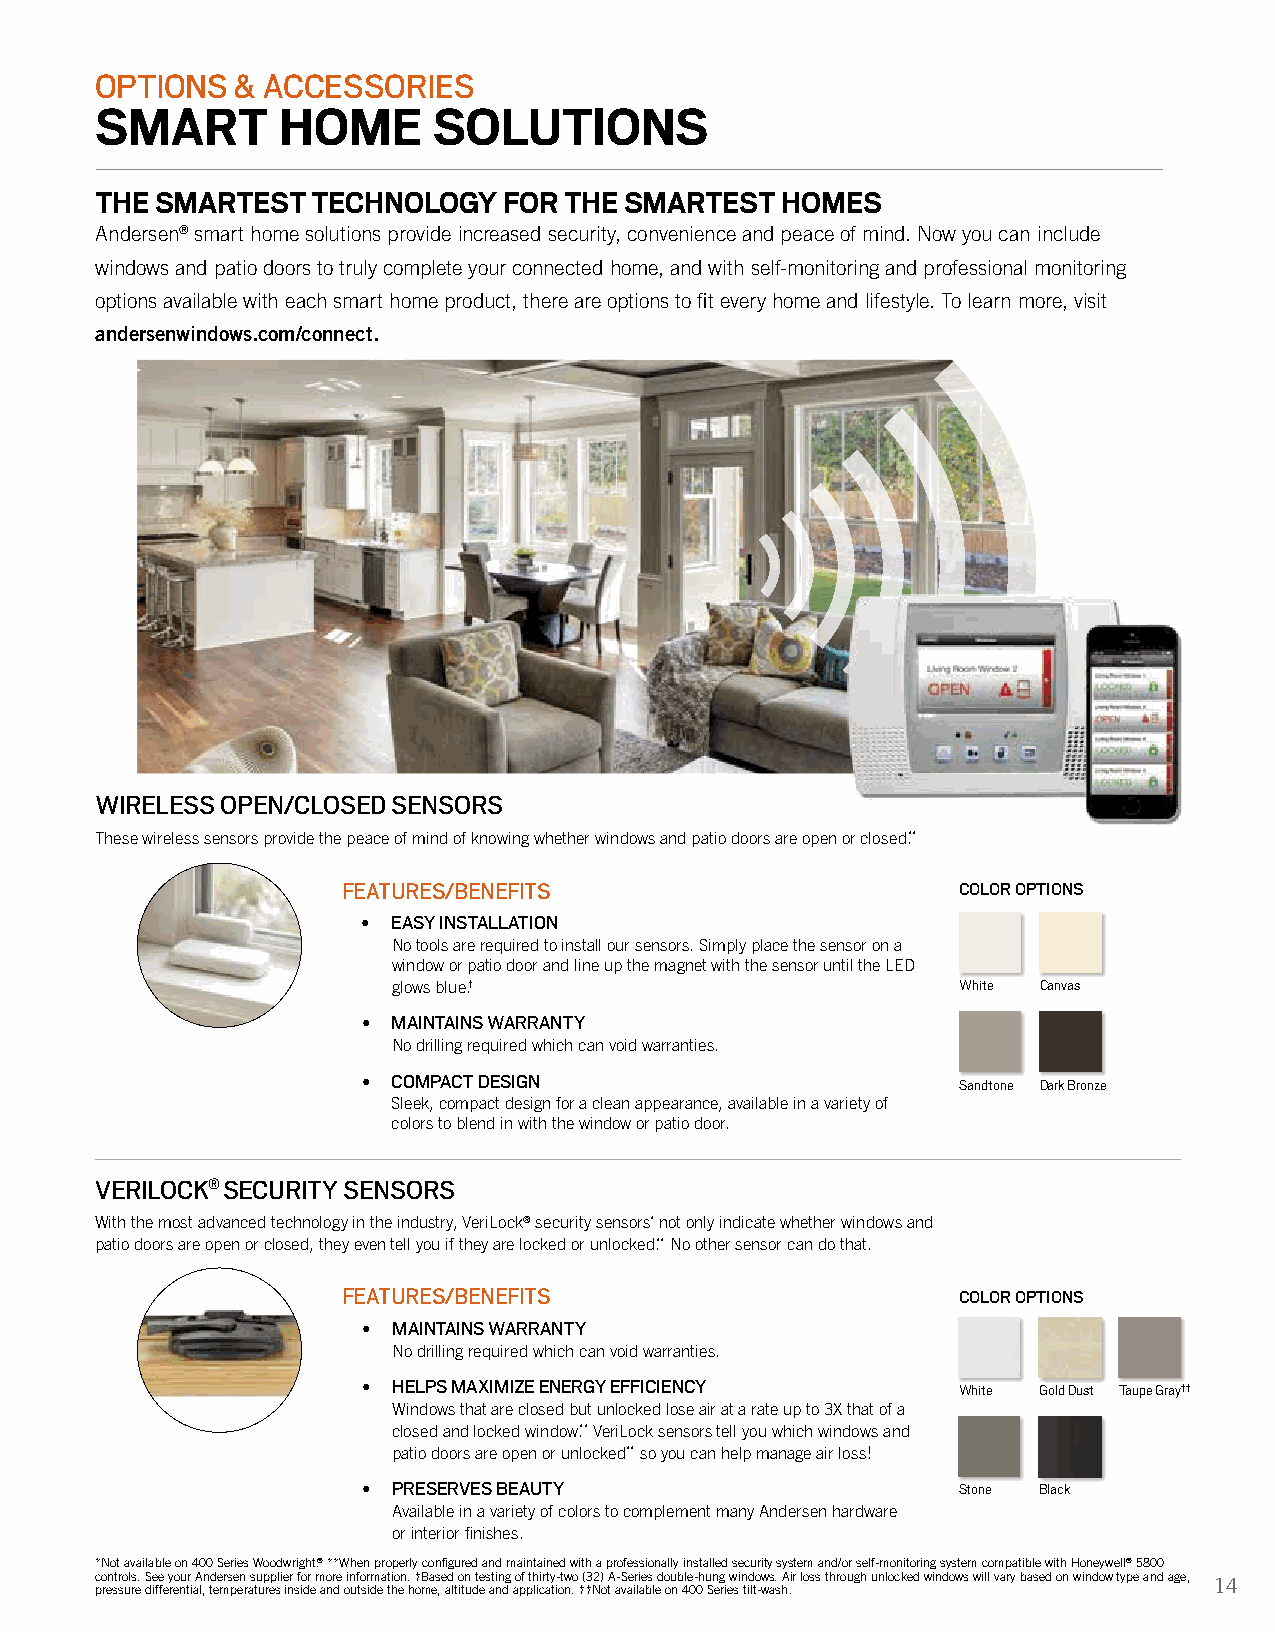
OPTIONS   & ACCESSORIES
 SMART       HOME       SOLUTIONS
 THE SMARTEST   TECHNOLOGY  FOR THE SMARTEST   HOMES
 Andersen® smart home solutions provide increased security, convenience and peace of mind. Now you can include
 windows and patio doors to truly complete your connected home, and with self-monitoring and professional monitoring
 options available with each smart home product, there are options to fit every home and lifestyle. To learn more, visit
 andersenwindows.com/connect.
 WIRELESS OPEN/CLOSED SENSORS
 These wireless sensors provide the peace of mind of knowing whether windows and patio doors are open or closed.**
 FEATURES/BENEFITS                       COLOR OPTIONS
 • EASY INSTALLATION
 No tools are required to install our sensors. Simply place the sensor on a
 window or patio door and line up the magnet with the sensor until the LED
 glows blue.†                          White Canvas
 • M AINTAINS WARRANTY
 No drilling required which can void warranties.
 • COMPACT DESIGN                        Sandtone Dark Bronze
 Sleek, compact design for a clean appearance, available in a variety of
 colors to blend in with the window or patio door.
 VERILOCK® SECURITY SENSORS
 With the most advanced technology in the industry, VeriLock® security sensors* not only indicate whether windows and
 patio doors are open or closed, they even tell you if they are locked or unlocked.** No other sensor can do that.
 FEATURES/BENEFITS                       COLOR OPTIONS
 • MAINTAINS WARRANTY
 No drilling required which can void warranties.
 • H ELPS MAXIMIZE ENERGY EFFICIENCY    White Gold Dust Taupe Gray††
 Windows that are closed but unlocked lose air at a rate up to 3X that of a
 closed and locked window.** VeriLock sensors tell you which windows and
 patio doors are open or unlocked** so you can help manage air loss.†
 • PRESERVES BEAUTY                     Stone Black
 Available in a variety of colors to complement many Andersen hardware
 or interior finishes.
 *Not available on 400 Series Woodwright.® **When properly configured and maintained with a professionally installed security system and/or self-monitoring system compatible with Honeywell® 5800
 controls. See your Andersen supplier for more information. †Based on testing of thirty-two (32) A-Series double-hung windows. Air loss through unlocked windows will vary based on window type and age, 14
 pressure differential, temperatures inside and outside the home, altitude and application. ††Not available on 400 Series tilt-wash.